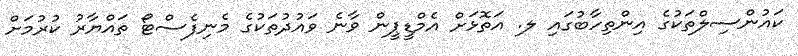
ކައުންސިލްތަކުގެ އިންތިހާބުގައި ލ. އަތޮޅަށް އެމްޑީޕީން ވާނެ ވައުދުތަކުގެ މެނިފެސްޓޯ ތައްޔާރު ކުރުމަށް